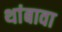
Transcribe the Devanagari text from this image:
थांबावा